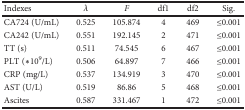
<table><thead><tr><td><b>Indexes</b></td><td><b><i>λ</i></b></td><td><b><i>F</i></b></td><td><b>df1</b></td><td><b>df2</b></td><td><b>Sig.</b></td></tr></thead><tbody><tr><td>CA724 (U/mL)</td><td>0.525</td><td>105.874</td><td>4</td><td>469</td><td>≤0.001</td></tr><tr><td>CA242 (U/mL)</td><td>0.551</td><td>192.145</td><td>2</td><td>471</td><td>≤0.001</td></tr><tr><td>TT (s)</td><td>0.511</td><td>74.545</td><td>6</td><td>467</td><td>≤0.001</td></tr><tr><td>PLT (∗10<sup>9</sup>/L)</td><td>0.506</td><td>64.897</td><td>7</td><td>466</td><td>≤0.001</td></tr><tr><td>CRP (mg/L)</td><td>0.537</td><td>134.919</td><td>3</td><td>470</td><td>≤0.001</td></tr><tr><td>AST (U/L)</td><td>0.519</td><td>86.86</td><td>5</td><td>468</td><td>≤0.001</td></tr><tr><td>Ascites</td><td>0.587</td><td>331.467</td><td>1</td><td>472</td><td>≤0.001</td></tr></tbody></table>